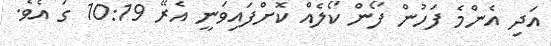
އަދި އެންމެ ފަހުން ފޯން ކޯލެއް ކޮށްފައިވަނީ އެރޭ 10:19 ގަ އެވެ.